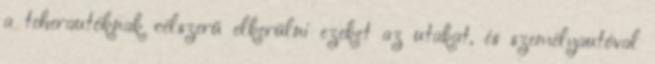
a teherautóknak célszerű elkerülni ezeket az utakat, és személyautóval